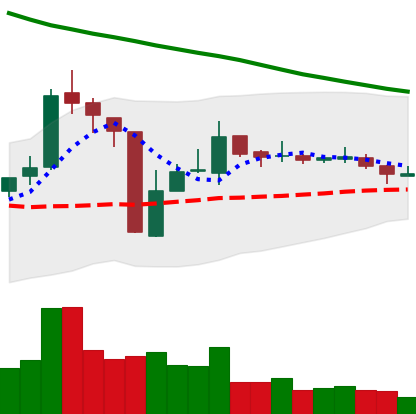
Ticker: TRX-USD
Chart end date: 2018-10-24
Forward return: -5.515%
Label: down_5_7